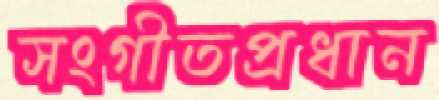
সংগীতপ্রধান